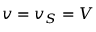
v = v _ { S } = V